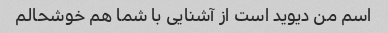
اسم من دیوید است از آشنایی با شما هم خوشحالم